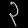
Digit: ၃